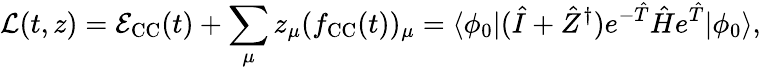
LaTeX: \mathcal L(t,z)=\mathcal{E}_{\mathrm{CC}}(t)+\sum_{\mu}z_{\mu}(f_{\mathrm{CC}}(t))_{\mu}=\langle\phi_{0}\vert(\hat{I}+\hat{Z}^{\dagger})e^{-\hat{T}}\hat{H}e^{\hat{T}}\vert\phi_{0}\rangle,